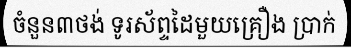
ចំនួន៣ថង់ ទូរស័ព្ទដៃមួយគ្រឿង ប្រាក់